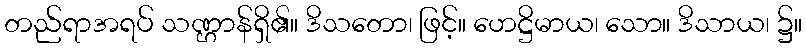
တည်ရာအရပ် သဏ္ဌာန်ရှိ၏။ ဒိသတော၊ ဖြင့်။ ဟေဋ္ဌိမာယ၊ သော။ ဒိသာယ၊ ၌။